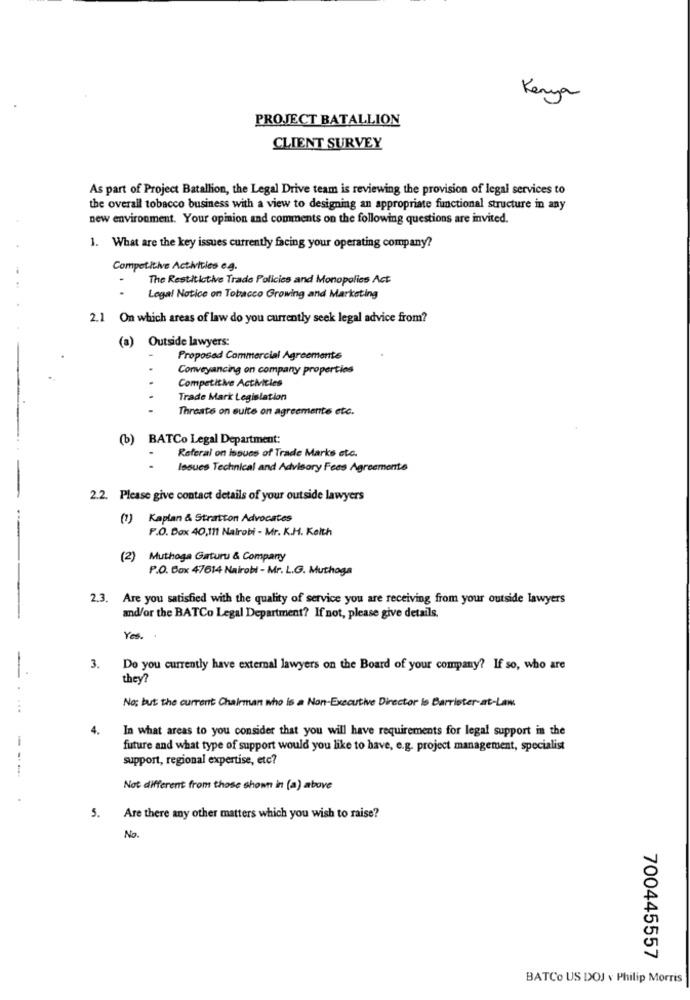
Kenya
PROJECT BATALLION
CLIENT SURVEY
As part of Project Batallion, the Legal Drive team is reviewing the provision of legal services to
the overall tobacco business with a view to designing an appropriate functional structure in any
new environment. Your opinion and comments on the following questions are invited.
1. What are the key issues currently facing your operating company?
Competitive Activities e.g.
The Restitictive Trade Policies and Monopolies Act
Legal Notice on Tobacco Growing and Marketing
2.1 On which areas of law do you currently seek legal advice from?
(a) Outside lawyers:
Proposed Commercial Agreemente
Conveyancing on company properties
Competitive Activities
Trade Mark Legislation
Threate on suite on agreemente etc.
(b) BATCo Legal Department:
Referal on issues of Trade Marks etc.
Issues Technical and Advisory Fees Agreements
2.2. Please give contact details of your outside lawyers
(1) Kaplan & Stratton Advocates
P.O. Box 40,111 Nairobi - Mr. K.H. Keith
(2) Muthoga Gaturu & Company
P.O. Box 47614 Nairobi - Mr. L.G. Muthaga
2.3. Are you satisfied with the quality of service you are receiving from your outside lawyers
and/or the BATCo Legal Department? If not, please give details.
Yes. .
3.
Do you currently have external lawyers on the Board of your company? If so, who are
they?
No; but the current Chairman who is a Non-Executive Director lo Barrister-at-Law
...
4.
In what areas to you consider that you will have requirements for legal support in the
future and what type of support would you like to have, e.g. project management, specialist
support, regional expertise, etc?
---
Not different from those shown in (a) above
5.
Are there any other matters which you wish to raise?
No.
700445557
BATCO US DOJ v Philip Morris